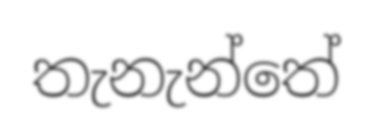
තැනැන්තේ